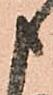
申